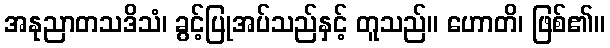
အနုညာတသဒိသံ၊ ခွင့်ပြုအပ်သည်နှင့် တူသည်။ ဟောတိ၊ ဖြစ်၏။